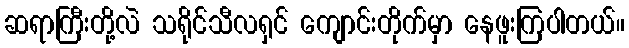
ဆရာကြီးတို့လဲ သရိုင်သီလရှင် ကျောင်းတိုက်မှာ နေဖူးကြပါတယ်။